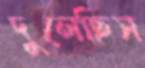
দুলেছিস